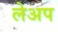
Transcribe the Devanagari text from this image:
लेअप